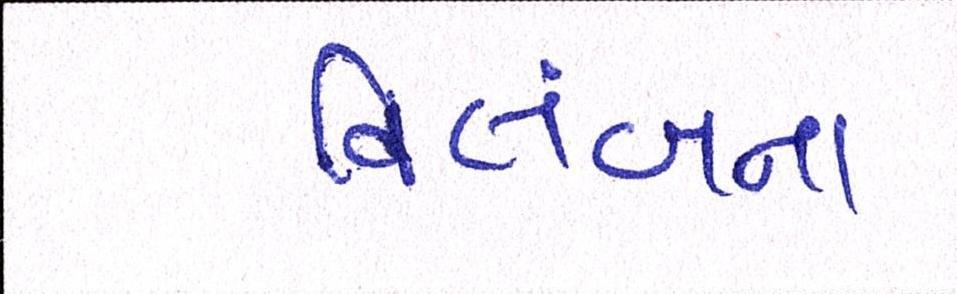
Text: વિલંબના